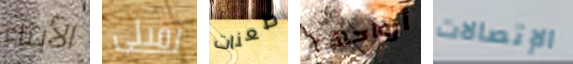
الأبناء زميلى طعنات أرواحهم الإتصالات